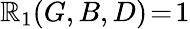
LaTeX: \mathbb{R}_{1}(G,B,D)\! =\! 1